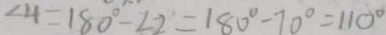
\angle 4 = 1 8 0 ^ { \circ } - \angle 2 = 1 8 0 ^ { \circ } - 7 0 ^ { \circ } = 1 1 0 ^ { \circ }